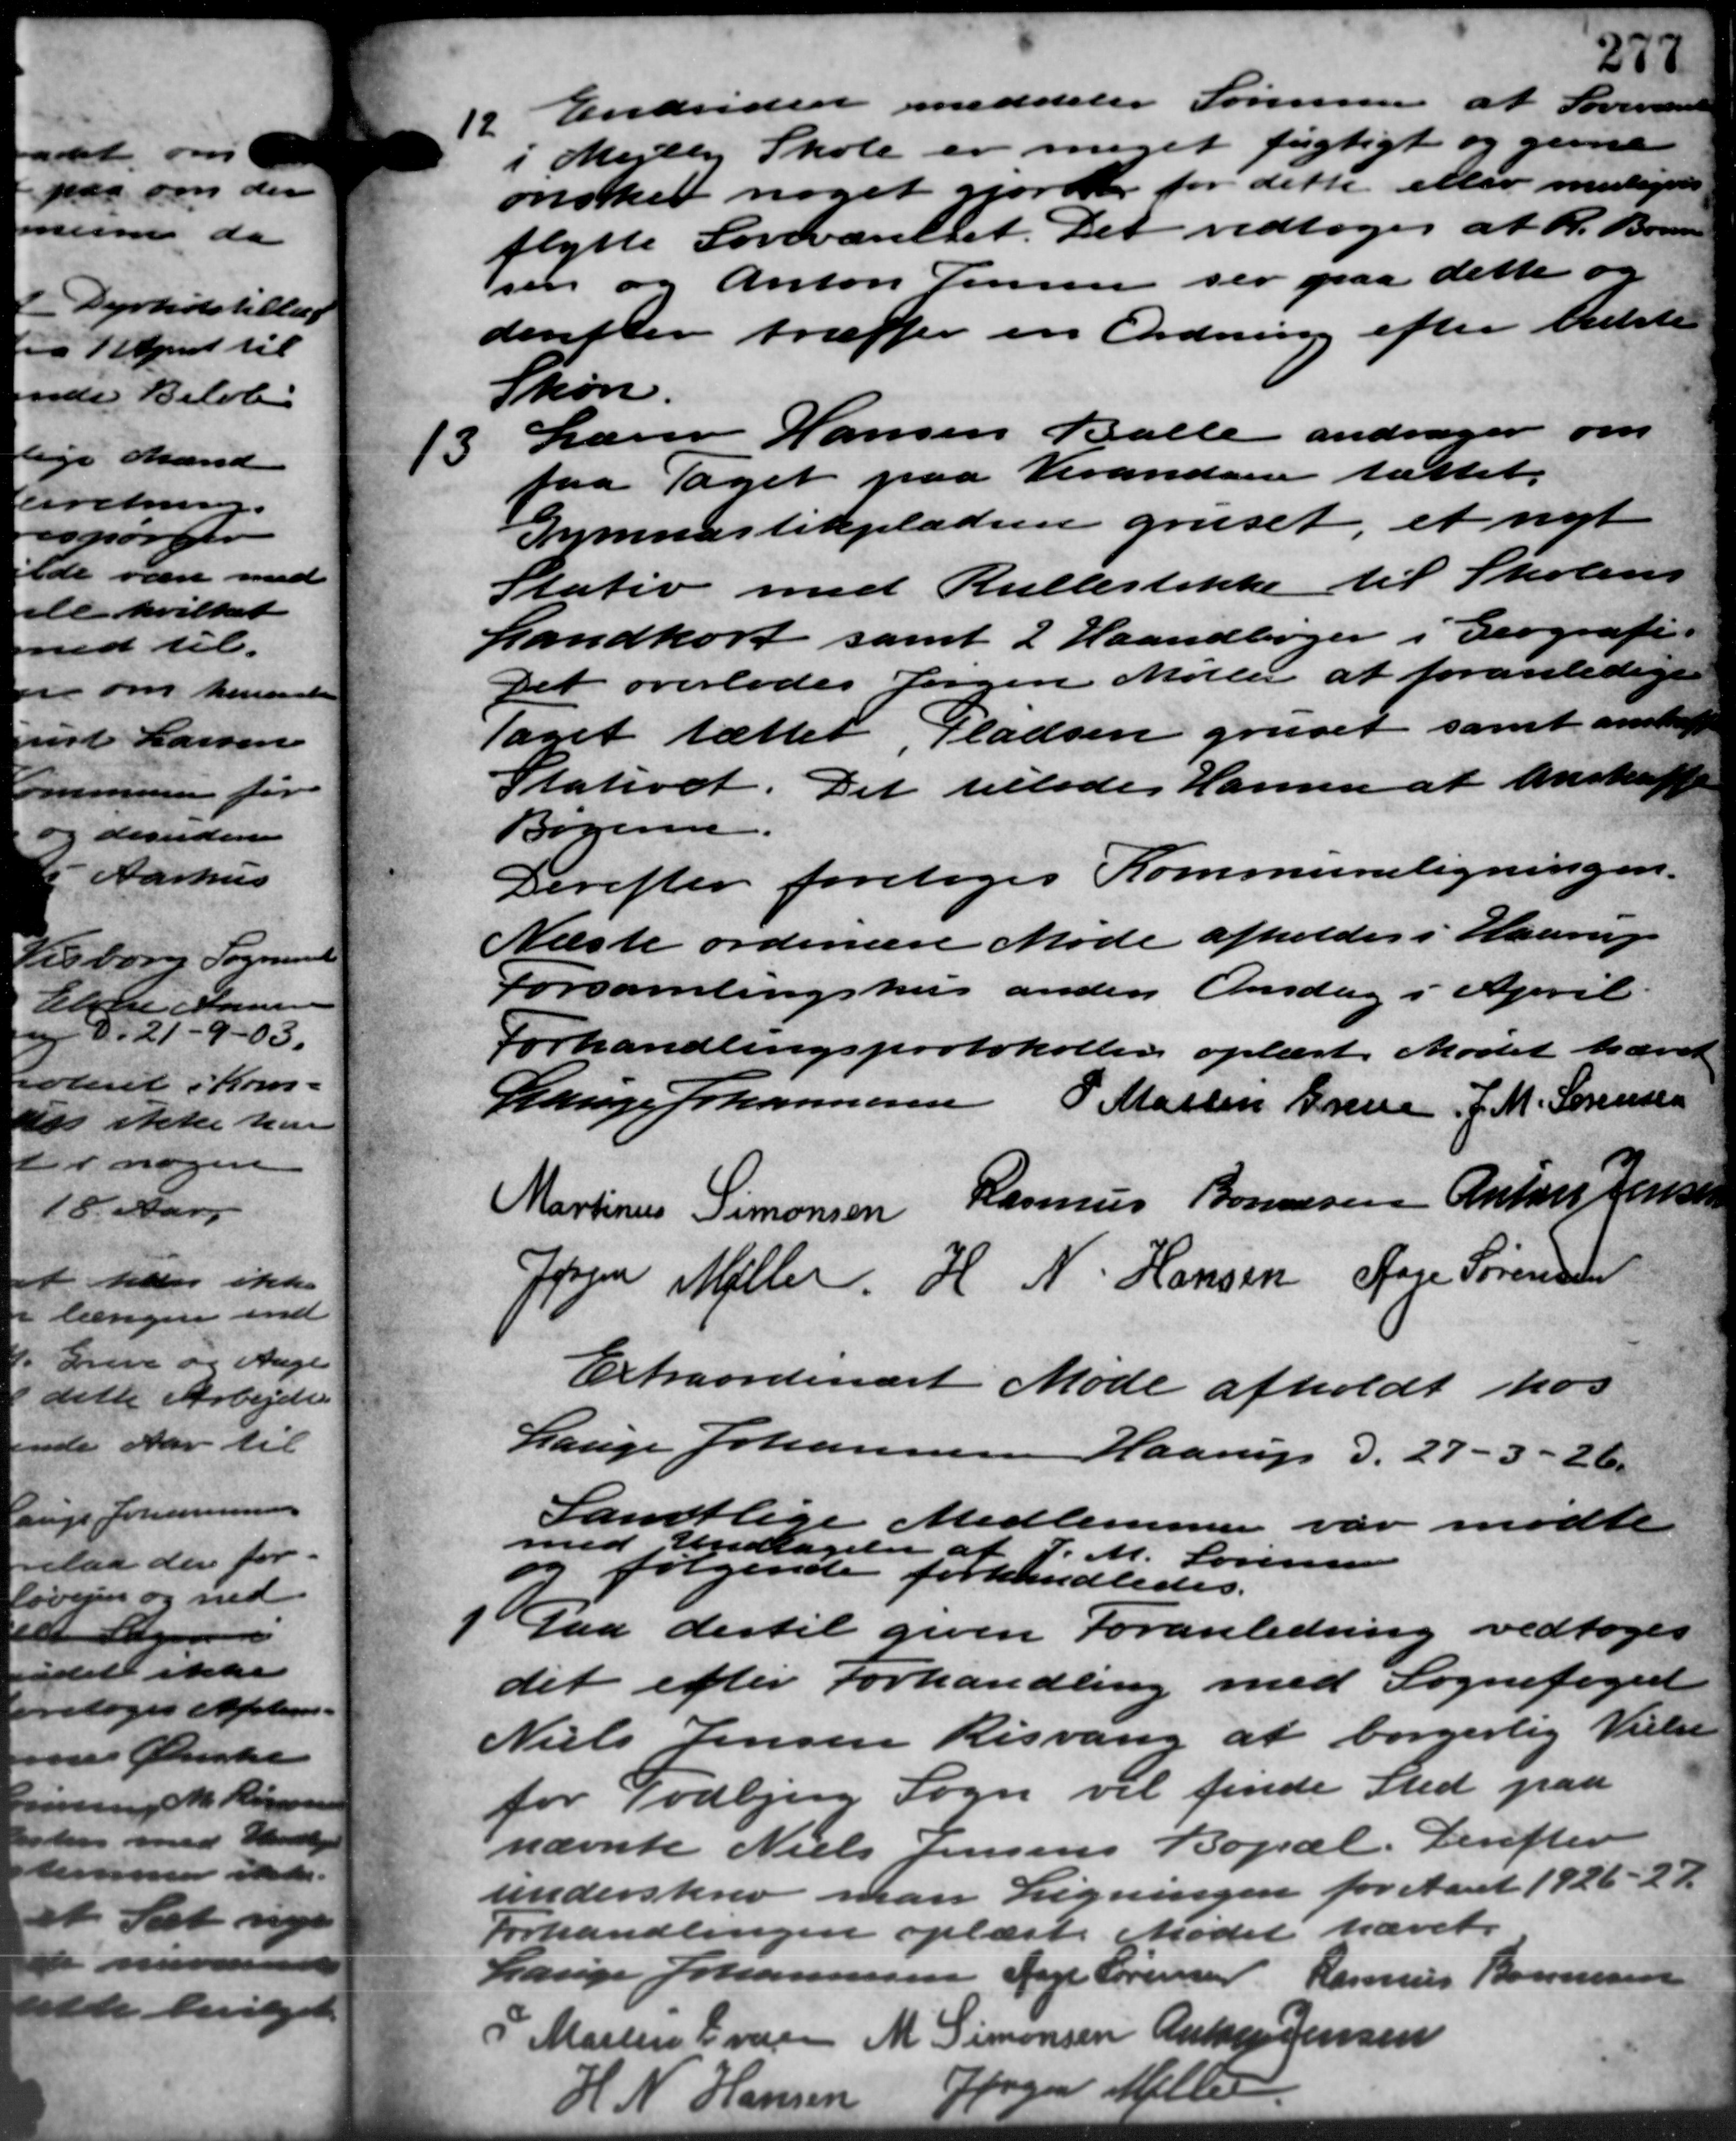
Transskription:
19. Endvidere meddeler Sørensen at Soveværen
19. Endvidere meddeler Sørensen at Soveværen
i Mejlby Skole er meget fugtigt og genne
ønsker noget gjord for dette eller muligedes
flytte Lovevæsenet. Det vedtoges at R. Bonne
sen og Anton Jensen ser paa dette og
derefter træffer en Ordning efter bedste
Skøn.
13
Lærer Hansen Balle andrager om
faa taget paa Verandar stattet.
Gymnastikpladsen gruset, et nyt
Stativ med Rullestikke til Skolens
Landkort samt 2 Haandbøger i Geografi.
Det overlodes Jørgen Møller at foranledige
taget sætter Pladsen gruset samt anstalte
Statioet. Det tilledes Hansen at anskaffe
Bøgeren.
Derefter foretoges Kommuneligningen.
Næste ordinære Møde afholdes i Haarup
Forsamlingshus anden Onsdag i April
Forhandlingsprotokollen oplæst. Mødet hævet
Lauge Johannesen P. Martin Greve, J. M. Sørensen
Martinus Simonsen Rasmus Bonnesen Anton Jensen
Jørgen Møller H. N. Hansen Aage Sørensen
Extraordinært Møde afholdt hos
Lauge Johannesen Haarup d. 27 – 3 – 26.
Samtlige Medlemmer var mødte
med Undtagelse af
P.M. Sørensen
og følgende forhandledes.

Paa dertil given Foranledning vedtoges
det efter Forhandling med Sognefoged
Niels Jensen Risvang at borgerlig Nielse
for Todbjerg Sogn vil finde Sted paa
nævnte Niels Jensens Bopæl. Derefter
underskrev man Ligningen for Aaret 1926 – 27
Forhandlingen oplæst. Mødet hævet.
Lauge Johannesen Aage Sørensen Rasmus Bonnesen
P. Martin Everen M. Simonsen Anton Jensen
Jørgen Møller
7 Hansen